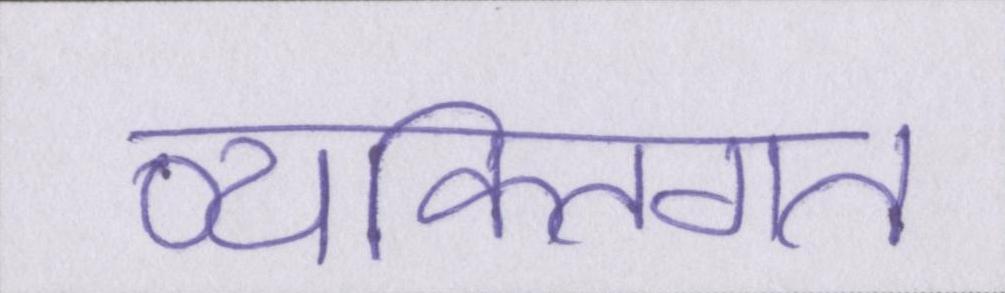
व्यक्तिगत